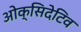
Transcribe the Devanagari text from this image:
ओक्सिदेटिव